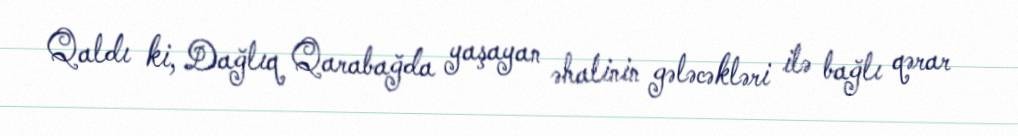
Qaldı ki, Dağlıq Qarabağda yaşayan əhalinin gələcəkləri ilə bağlı qərar